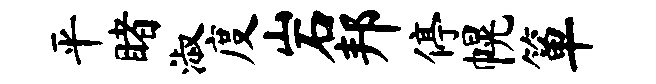
平睹淑度岩邦停幌箪